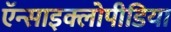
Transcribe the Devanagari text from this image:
ऍन्साइक्लोपीडिया